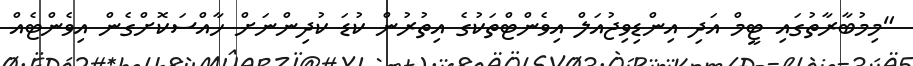
"މިމުބާރާތުގައި ޓީމް އަދި އިންޑިވިޖުއަލް އިވެންޓްތަކުގެ އިތުރުން ކުޑަ ކުދިންނަށް ހާއްސަކޮށްގެން އިވެންޓެެއް